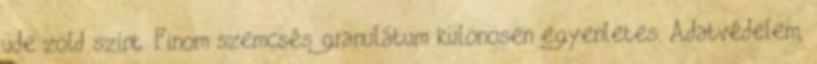
üde zöld színt. Finom szemcsés granulátum különösen egyenletes. Adatvédelem,